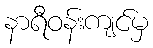
နာရီဝန်းကျင်မှ